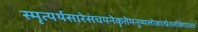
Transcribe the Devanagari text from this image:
स्मृत्यर्थसारेसंचयनेकृतेमनुष्यलोकात्प्रेतलोकंगच्छतः